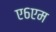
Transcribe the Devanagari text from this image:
ए६एम